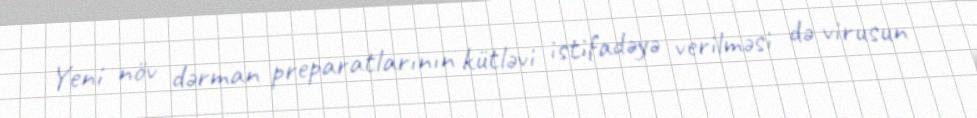
Yeni növ dərman preparatlarının kütləvi istifadəyə verilməsi də virusun